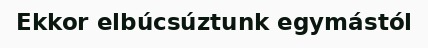
Ekkor elbúcsúztunk egymástól